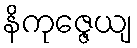
နိကုဇ္ဇေယျ